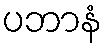
ပဘာနံ